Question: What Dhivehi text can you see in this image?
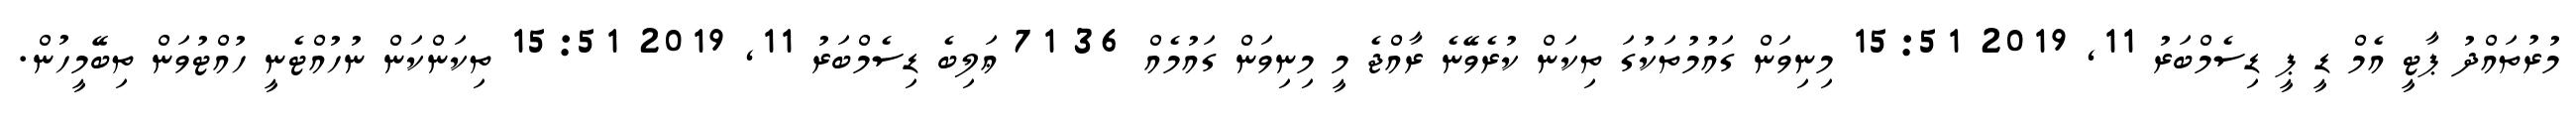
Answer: މުރުތައްދު ޕާޓީ އެމް ޑީ ޕީ ޑިސެމްބަރު 11, 2019 15:51 މިނިވަން ގައުމުތަކުގަ ތިކަން ކުރެވޭނެ ރާއްޖެ މީ މިނިވަން ގައުމެއް 36 71 ޢަލިބެ ޑިސެމްބަރު 11, 2019 15:51 ތިކަންކަން ނުހުއްޓެނީ ހުއްޓުވަން ތިބޭމީހުން.